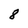
Character: 8